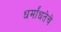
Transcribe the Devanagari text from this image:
धर्मांधतेचे